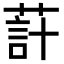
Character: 𦵗